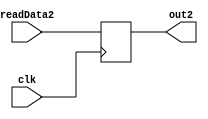
`timescale 1ns / 1ps
//////////////////////////////////////////////////////////////////////////////////
// Company: 
// Engineer: 
// 
// Design Name: 
// Module Name: BDR
// Project Name: 
// Target Devices: 
// Tool Versions: 
// Description: 
// 
// Dependencies: 
// 
// Revision:
// Revision 0.01 - File Created
// Additional Comments:
// 
//////////////////////////////////////////////////////////////////////////////////


module BDR(
    input clk,
    input [31:0] readData2,
    output reg [31:0] out2
    );
    
    always@(posedge clk) begin
        out2 = readData2;
    end
    
endmodule